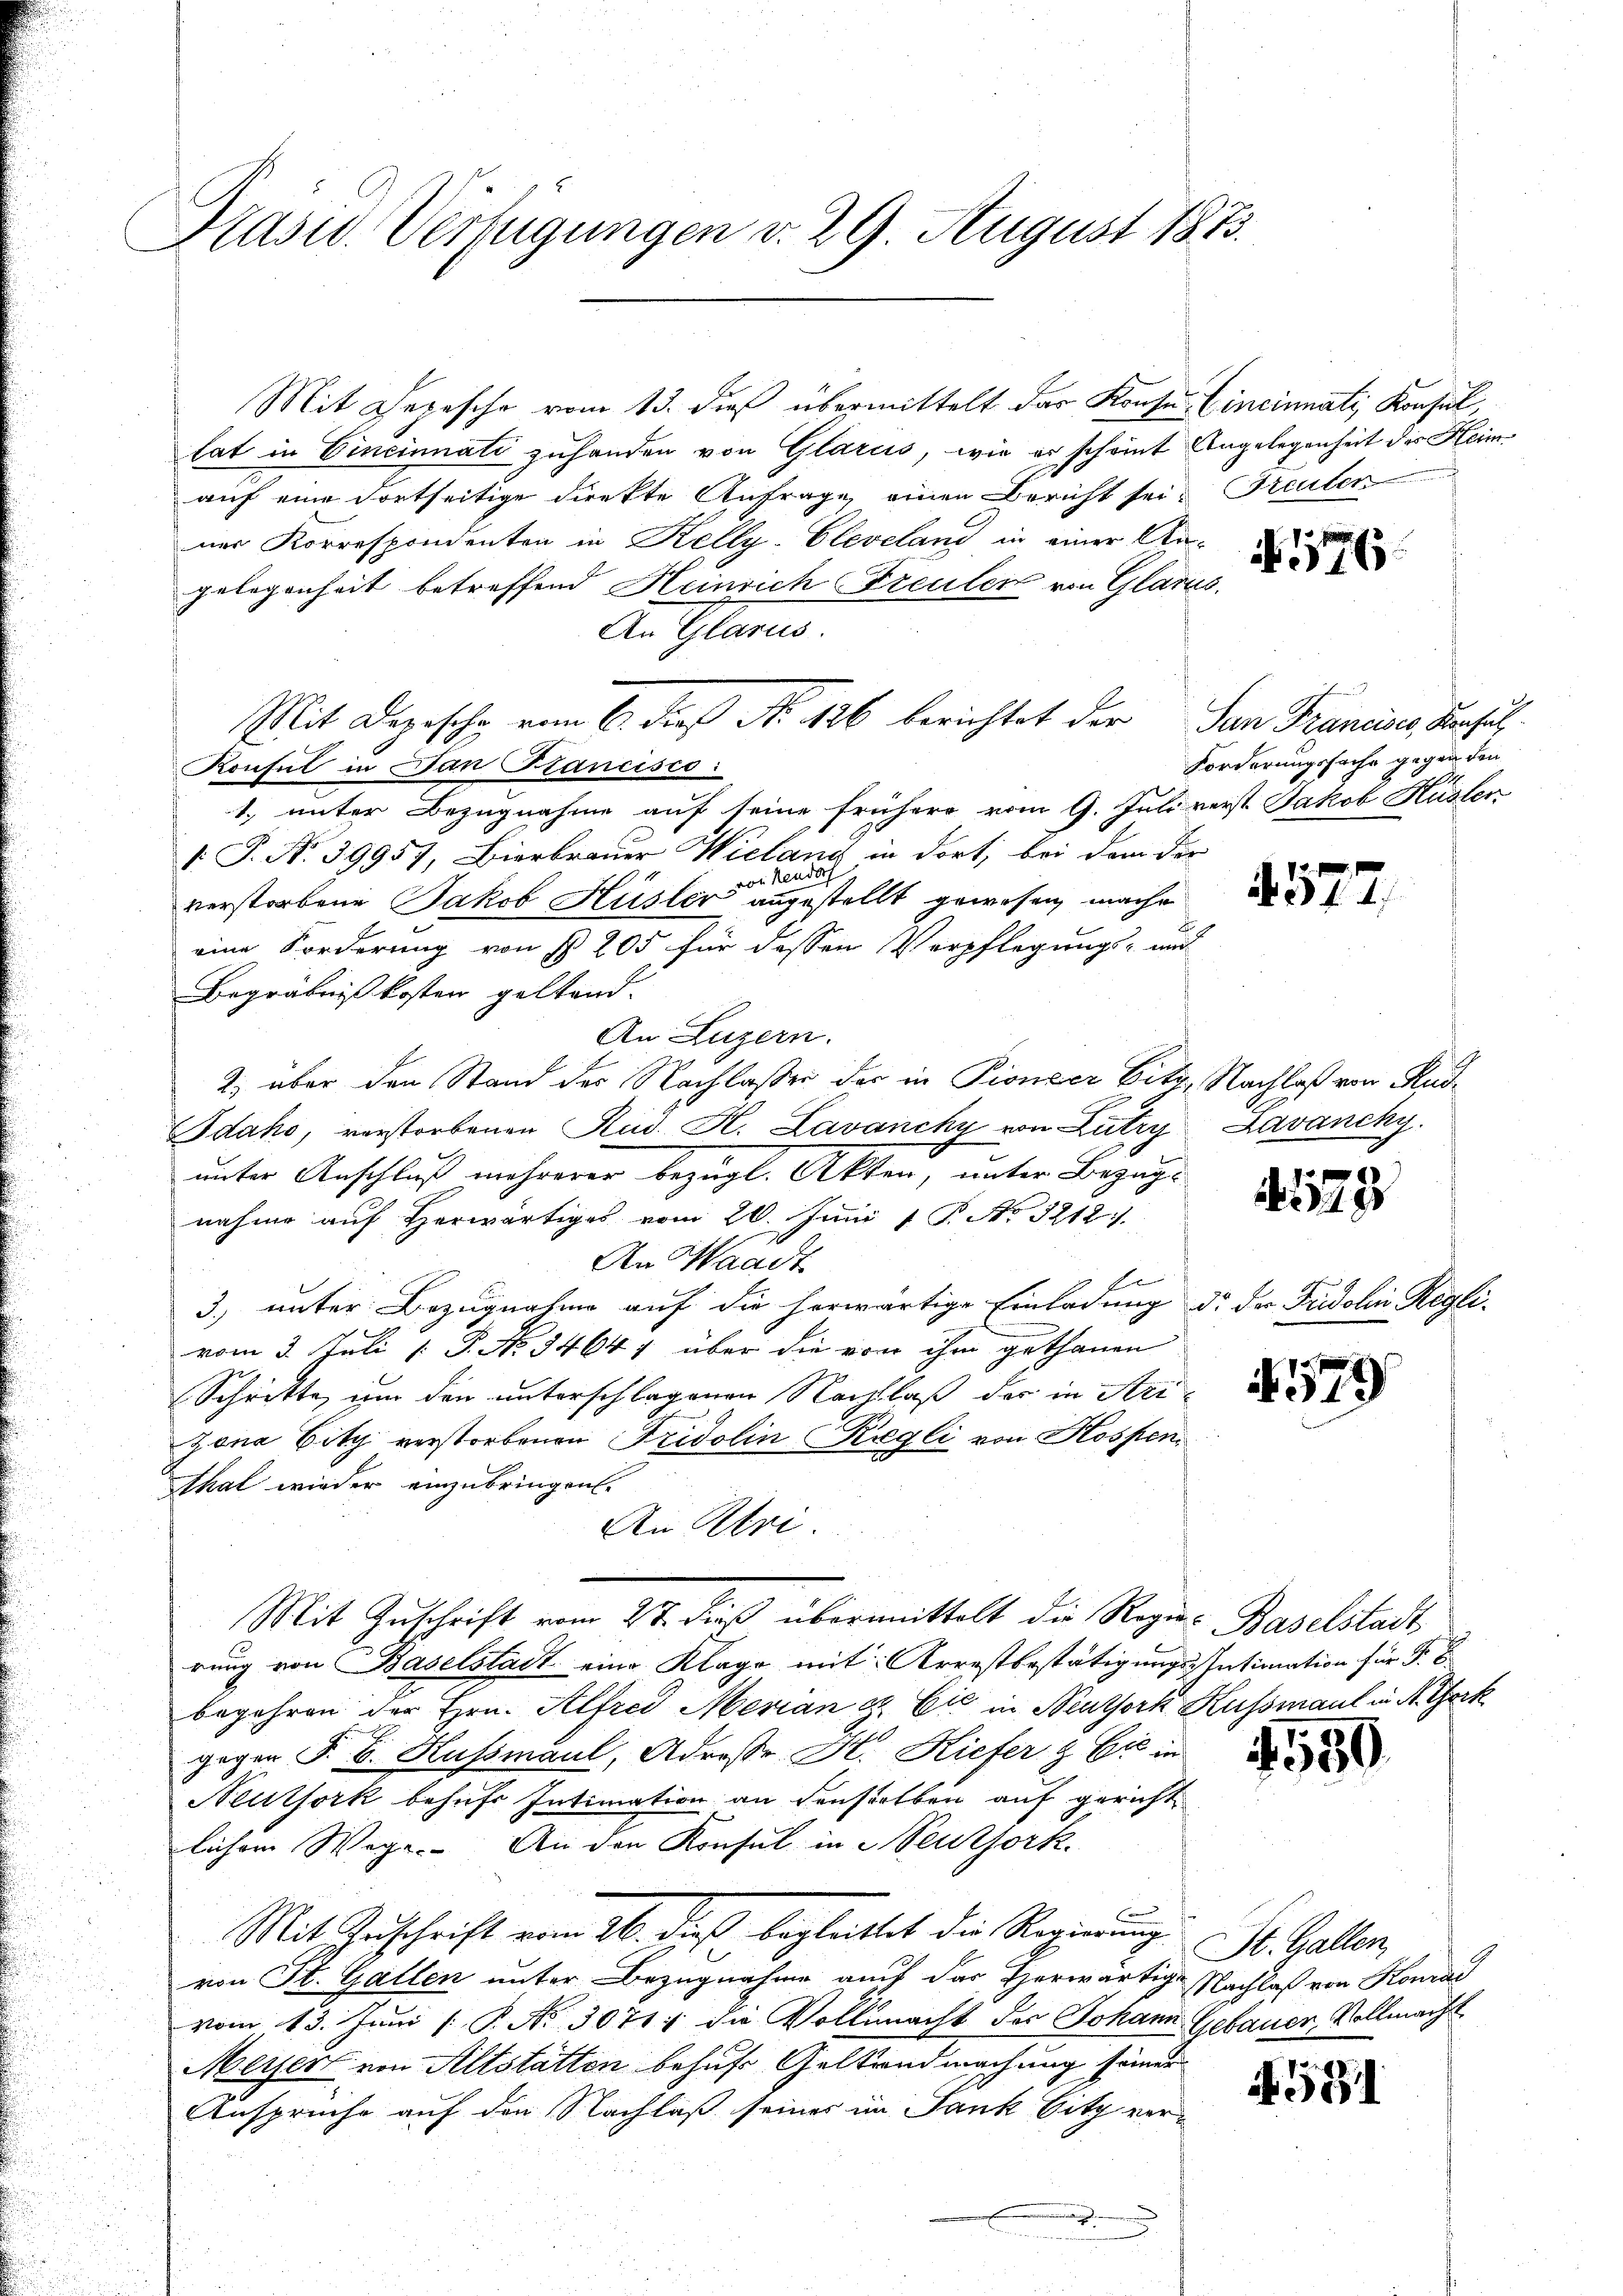
Präsid. Verfügungen v. 29. August 1875.

Mit Depesche vom 13. dieß übermittelt das Konsus Cincinati, Konsul,
tat in Vincinnati zuhanden von Glarus, wie er scheint Angelegenheit des Heimauf eine dortseitige direkte Anfrage einen Bericht seiner Korrespondenten in Kelly-Cleveland in einer An-
gelegenheit betreffend Heinrich Freuter von Glarus
An Glarus.
Konsul in Dan Stancisco:
1. unter Bezugnahme auf seine frühere vom 9. Juli verst Jakob Küster
1. P. Nr. 39957, Bierbrauer Wielang in dort, bei dem der
von Neudal
verstorbene Jakob Hüsler angestellt gewesen mache
eine Forderung von § 205 für dessen Verpflegungs- und
Begräbnißkosten gestand.
An Luzern.
2. über den Stand der Nachlasser der in Pionaer Sitz, Nachlaß von Kud
Idako, verstorbenen Rud. H. Lavanchy von Lutry, Lavancky.
unter Anschluß mehrerer bezügl. Akten, unter Bezugnahme auf Horwärtiges vom 20. Juni 18. No. 3212.
An Waadt
de
3., unter Bezugnahme auf die herwärtige Einladung d. der Fridolin Reglivom 3. Juli [ P. No. 3464, über die von ihm gethanen
Schritte um den unterschlagenen Nachlaß der in Urizona Bitg verstorbenen Fridolin Kregli von Hospen
Thal wieder einzubringen.
An Khri
Mit Zuschrift vom 27. dieß übermittelt die Regier Baselstadt
rung von Baselstadt eine Klage mit Arrestbestätigungs-Intimation für F. B
begehren der Hrn. Alfred Merian & Cie in Neuthork Kussmant in A. Gerk
gegen §. E. Kussmaul, Adresse H. Kiefer & Cie in
Neltfork behufs Intimation an denselben auf gericht
lichem Wege. An den Konsul in Seuzfork.
Mit Zuschrift vom 26. dieß, begleittet die Regierung
von St. Gallen unter Bezugnahme auch das Therwärtige Nachlaß von Konrad
vom 13. Juni [ P. No. 3071, die Vollmacht des Johann Gebauer, Vollmacht
Meyer von Altstatten behufs Geltendmachung seiner
Ansprüche auf den Nachlaß seines im Jank Sitz ver¬
.

Mit Depesche vom 6. dieß No. 126 berichtet der San Francses, Sensatz

Treuter

1.

N. 1176

Forderungssache gegen den

457.

178

579

550

4581

St. Gallen,